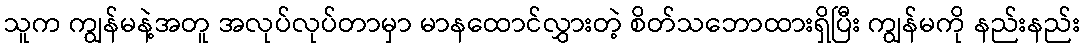
သူက ကျွန်မနဲ့အတူ အလုပ်လုပ်တာမှာ မာနထောင်လွှားတဲ့ စိတ်သဘောထားရှိပြီး ကျွန်မကို နည်းနည်း